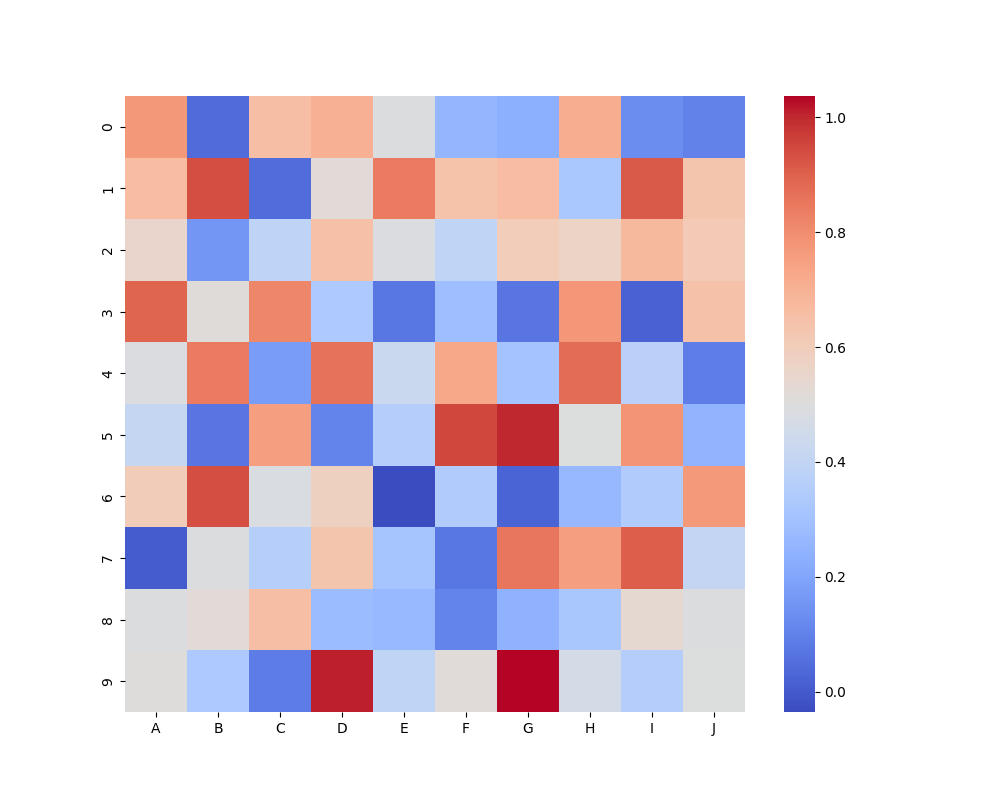
python, seaborn, heatmap, cmap='coolwarm', linewidths=0.0, center=none